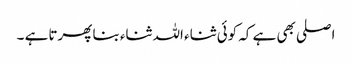
اصلی بھی ہے کہ کوئی ثناء اللہ ثناء بنا پھرتا ہے ۔